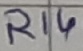
Text: R14